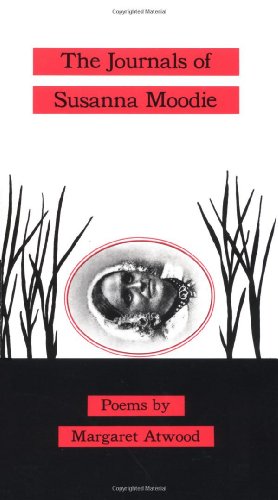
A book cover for The Journals of Susanna Moodie: Poems; Margaret Atwood; Literature & Fiction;